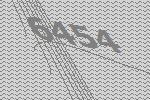
6454